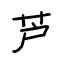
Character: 芦